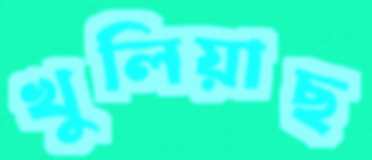
খুলিয়াছ